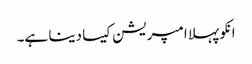
انکو پہلا امپریشن کیسا دینا ہے۔